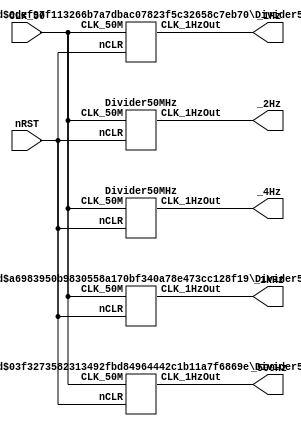
module CP_1kHz_500kHz_1Hz_2Hz_4Hz(CLK_50, nRST, _1kHz, _500Hz,_1Hz,_2Hz,_4Hz); 
   input CLK_50, nRST;                         
   output _4Hz,_2Hz,_1Hz,_500Hz,_1kHz;   
         
   Divider50MHz U0(.CLK_50M(CLK_50),                           
 	.nCLR(nRST),                
	.CLK_1HzOut(_1kHz));        
   defparam        U0.N=15,                                    
	          U0.CLK_Freq=50000000,                       
 	          U0.OUT_Freq=1000;   
        
    Divider50MHz U1(.CLK_50M(CLK_50),                           
	.nCLR(nRST),               
	 .CLK_1HzOut(_500Hz));
     defparam        U1.N=16,                
	            U1.CLK_Freq =50000000,                
	            U1.OUT_Freq =500;
    Divider50MHz U3(.CLK_50M(CLK_50),                           
	.nCLR(nRST),               
	 .CLK_1HzOut(_2Hz));
     defparam        U2.N=25,                
	            U2.CLK_Freq =50000000,                
	            U2.OUT_Freq =2;
	 Divider50MHz U4(.CLK_50M(CLK_50),                           
	.nCLR(nRST),               
	 .CLK_1HzOut(_4Hz));
     defparam        U2.N=25,                
	            U2.CLK_Freq =50000000,                
	            U2.OUT_Freq =4;
    Divider50MHz U2(.CLK_50M(CLK_50),                           
	.nCLR(nRST),               
	 .CLK_1HzOut(_1Hz));
     defparam        U2.N=25,                
	            U2.CLK_Freq =50000000,                
	            U2.OUT_Freq =1;
endmodule

module Divider50MHz #(parameter CLK_Freq=50000000,parameter OUT_Freq=1,parameter N=25)
       (input CLK_50M,nCLR,output reg CLK_1HzOut);
		 reg[N-1:0] Count_DIV;
		 always @(posedge CLK_50M,negedge nCLR)
		 begin
		    if(!nCLR) begin CLK_1HzOut<=0;Count_DIV<=0;end
			 else begin
			     if(Count_DIV<(CLK_Freq/(2*OUT_Freq)-1))
				    Count_DIV=Count_DIV+1'b1;
				  else begin
				      Count_DIV<=0;
						CLK_1HzOut<=~CLK_1HzOut;
				  end
			 end
		 end
endmodule